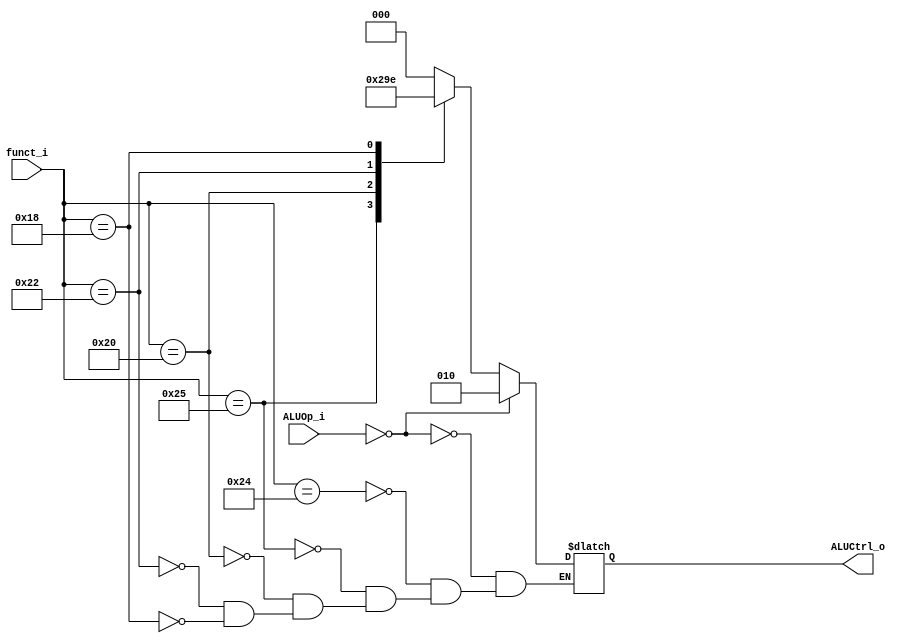
module ALU_Control(
    funct_i,
    ALUOp_i,
    ALUCtrl_o
);

input  [1:0] ALUOp_i;
input  [5:0] funct_i;
output reg [2:0] ALUCtrl_o;  

always@(funct_i or ALUOp_i)begin
    //not r-type
    if(ALUOp_i==2'b00) begin
        ALUCtrl_o <= 3'b010;
    end
    //r-type
    else begin
        case(funct_i)
        6'b100100: ALUCtrl_o <= 3'b000; //and
        6'b100101: ALUCtrl_o <= 3'b001; //or
        6'b100000: ALUCtrl_o <= 3'b010; //add
        6'b100010: ALUCtrl_o <= 3'b011; //sub
        6'b011000: ALUCtrl_o <= 3'b110; //mul
        endcase
    end    
end

endmodule